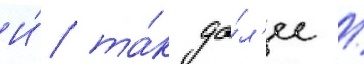
И́ та́к да́л'ее /